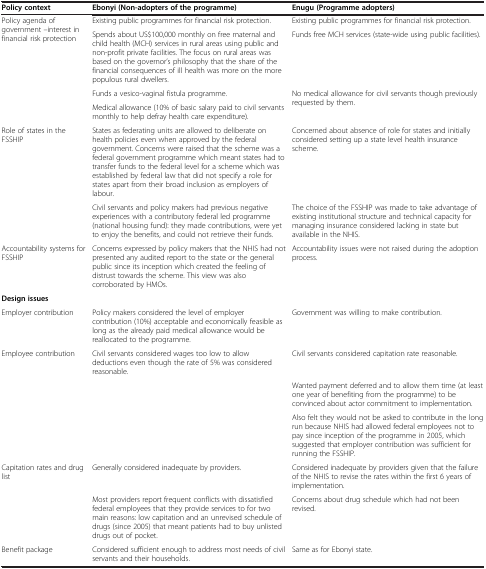
<table><thead><tr><td><b>Policy context</b></td><td><b>Ebonyi (Non-adopters of the programme)</b></td><td><b>Enugu (Programme adopters)</b></td></tr></thead><tbody><tr><td rowspan="4">Policy agenda of government –interest in financial risk protection</td><td>Existing public programmes for financial risk protection.</td><td>Existing public programmes for financial risk protection.</td></tr><tr><td>Spends about US$100,000 monthly on free maternal and child health (MCH) services in rural areas using public and non-profit private facilities. The focus on rural areas was based on the governor’s philosophy that the share of the financial consequences of ill health was more on the more populous rural dwellers.</td><td>Funds free MCH services (state-wide using public facilities).</td></tr><tr><td>Funds a vesico-vaginal fistula programme.</td><td rowspan="2">No medical allowance for civil servants though previously requested by them.</td></tr><tr><td>Medical allowance (10% of basic salary paid to civil servants monthly to help defray health care expenditure).</td></tr><tr><td rowspan="2">Role of states in the FSSHIP</td><td>States as federating units are allowed to deliberate on health policies even when approved by the federal government. Concerns were raised that the scheme was a federal government programme which meant states had to transfer funds to the federal level for a scheme which was established by federal law that did not specify a role for states apart from their broad inclusion as employers of labour.</td><td>Concerned about absence of role for states and initially considered setting up a state level health insurance scheme.</td></tr><tr><td>Civil servants and policy makers had previous negative experiences with a contributory federal led programme (national housing fund): they made contributions, were yet to enjoy the benefits, and could not retrieve their funds.</td><td>The choice of the FSSHIP was made to take advantage of existing institutional structure and technical capacity for managing insurance considered lacking in state but available in the NHIS.</td></tr><tr><td>Accountability systems for FSSHIP</td><td>Concerns expressed by policy makers that the NHIS had not presented any audited report to the state or the general public since its inception which created the feeling of distrust towards the scheme. This view was also corroborated by HMOs.</td><td>Accountability issues were not raised during the adoption process.</td></tr><tr><td><b>Design issues</b></td><td> </td><td> </td></tr><tr><td>Employer contribution</td><td>Policy makers considered the level of employer contribution (10%) acceptable and economically feasible as long as the already paid medical allowance would be reallocated to the programme.</td><td>Government was willing to make contribution.</td></tr><tr><td rowspan="4">Employee contribution</td><td>Civil servants considered wages too low to allow deductions even though the rate of 5% was considered reasonable.</td><td>Civil servants considered capitation rate reasonable.</td></tr><tr><td rowspan="3"> </td><td> </td></tr><tr><td>Wanted payment deferred and to allow them time (at least one year of benefiting from the programme) to be convinced about actor commitment to implementation.</td></tr><tr><td>Also felt they would not be asked to contribute in the long run because NHIS had allowed federal employees not to pay since inception of the programme in 2005, which suggested that employer contribution was sufficient for running the FSSHIP.</td></tr><tr><td rowspan="2">Capitation rates and drug list</td><td>Generally considered inadequate by providers.</td><td>Considered inadequate by providers given that the failure of the NHIS to revise the rates within the first 6 years of implementation.</td></tr><tr><td>Most providers report frequent conflicts with dissatisfied federal employees that they provide services to for two main reasons: low capitation and an unrevised schedule of drugs (since 2005) that meant patients had to buy unlisted drugs out of pocket.</td><td>Concerns about drug schedule which had not been revised.</td></tr><tr><td>Benefit package</td><td>Considered sufficient enough to address most needs of civil servants and their households.</td><td>Same as for Ebonyi state.</td></tr></tbody></table>